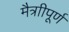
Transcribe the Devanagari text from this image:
मैत्राीपूर्ण